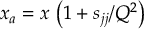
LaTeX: x _ { a } = x \, \left( 1 + { { s _ { j j } } } / { Q ^ { 2 } } \right)